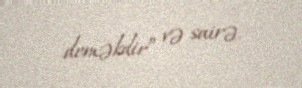
deməkdir” və sairə.